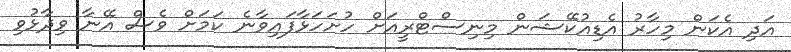
އަދި އެކަން މިހާރު އެޑިއުކޭޝަން މިނިސްޓްރީއަށް ހުށަހަޅާފައިވާނެ ކަމަށް ވެސް އޭނާ ވިދާޅުވި